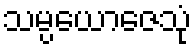
သမ္ပယောဇေသုံ